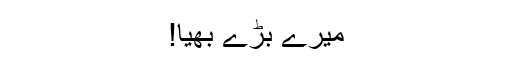
میرے بڑے بھیا!